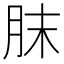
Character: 𦚜